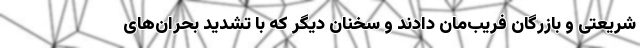
شریعتی و بازرگان فریب‌مان دادند و سخنان دیگر که با تشدید بحران‌های